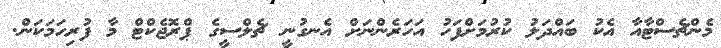
މެންޗެސްޓާއާ އެކު ބައްދަލު ކުރުމަށްފަހު އަހަރެންނަށް އެނގުނީ ޗެލްސީގެ ޕްރޮޖެކްޓް މާ ފުރިހަމަކަން.